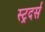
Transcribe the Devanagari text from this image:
स्ट्रदर्स